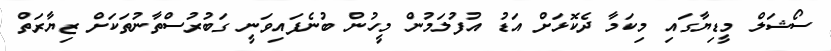
ސޯޝަލް މީޑިޔާގައި މިކަމާ ދެކޮޅަށް އަޑު އުފުލަމުން މީހުން ބުނެފައިވަނީ ގަބުރުސްތާނުތަކަށް ޒިޔާރަތް